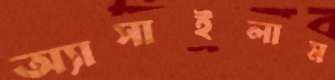
অ্যাসাইলাম